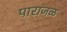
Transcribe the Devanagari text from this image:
पाराजळ